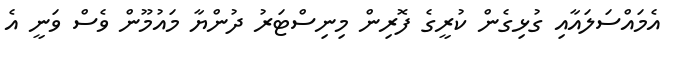
އެމައްސަލައާއި ގުޅިގެން ކުރީގެ ފޮރިން މިިނިސްޓަރު ދުންޔާ މައުމޫން ވެސް ވަނީ އެ